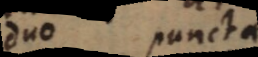
duo puncta